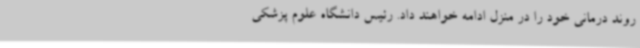
روند درمانی خود را در منزل ادامه خواهند داد. رئیس دانشگاه علوم پزشکی